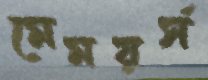
মেময়র্স